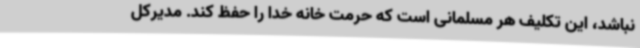
نباشد، این تکلیف هر مسلمانی است که حرمت خانه خدا را حفظ کند. مدیرکل